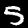
Label: 5